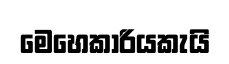
මෙහෙකාරියකැයි